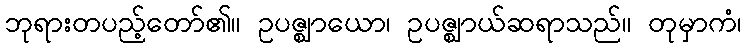
ဘုရားတပည့်တော်၏။ ဥပဇ္ဈာယော၊ ဥပဇ္ဈာယ်ဆရာသည်။ တုမှာကံ၊